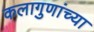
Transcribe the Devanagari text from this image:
कलागुणांच्या